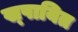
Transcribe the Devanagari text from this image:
ख्पायित